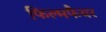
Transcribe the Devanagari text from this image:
फिल्मफैयर